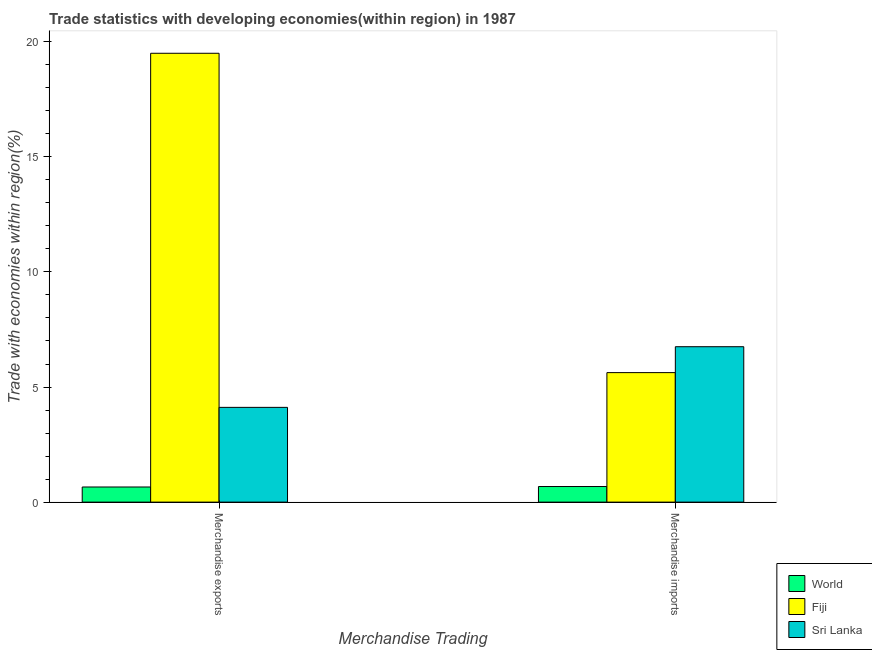
| Merchandise Trading | World | Fiji | Sri Lanka |
 | --- | --- | --- | --- |
 | Merchandise exports | 0.657 | 19.5 | 4.12 |
 | Merchandise imports | 0.677 | 5.63 | 6.75 |